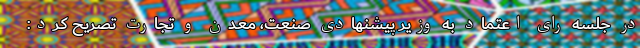
در جلسه رای اعتماد به وزیر پیشنهادی صنعت، معدن و تجارت تصریح کرد: